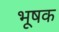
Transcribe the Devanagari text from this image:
भूषक